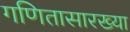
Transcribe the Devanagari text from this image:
गणितासारख्या